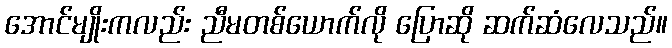
အောင်မျိုးကလည်း ညီမတစ်ယောက်လို ပြောဆို ဆက်ဆံလေသည်။